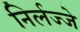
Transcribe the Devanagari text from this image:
निर्लज्जे